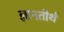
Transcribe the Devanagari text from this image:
ज्ञानतीर्थ